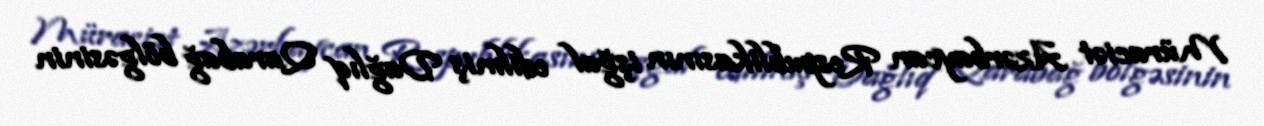
Müraciət Azərbaycan Respublikasının işğal edilmiş Dağlıq Qarabağ bölgəsinin